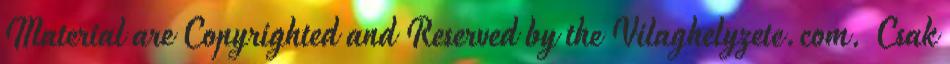
Material are Copyrighted and Reserved by the Vilaghelyzete.com. Csak